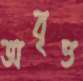
অবৃত্ত